Problem: 31 + 46 = ?
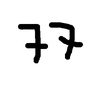
Handwritten answer: 77